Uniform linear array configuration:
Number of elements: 48
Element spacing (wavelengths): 1
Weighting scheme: hamming
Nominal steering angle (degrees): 60
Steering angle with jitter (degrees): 61.331
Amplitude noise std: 0.05
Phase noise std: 0.05

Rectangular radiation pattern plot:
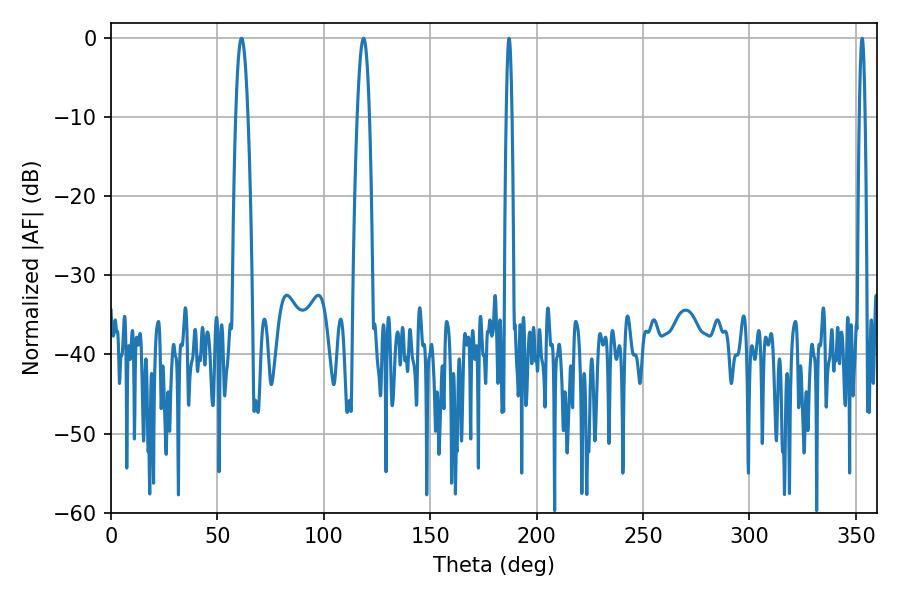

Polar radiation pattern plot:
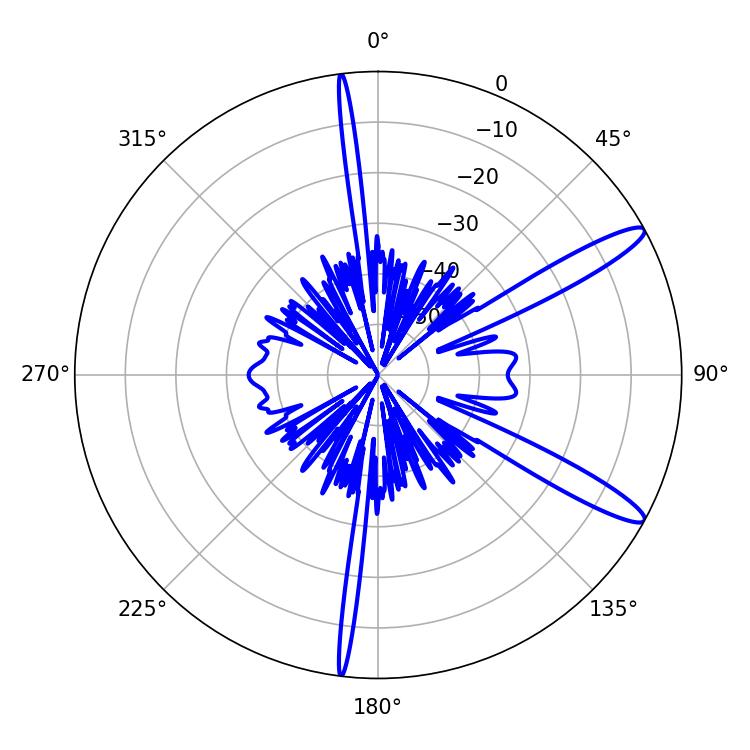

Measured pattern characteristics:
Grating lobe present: TRUE
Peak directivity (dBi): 13.067
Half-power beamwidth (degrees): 1.44
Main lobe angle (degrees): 187.02